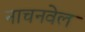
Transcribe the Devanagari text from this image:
नाचनवेल